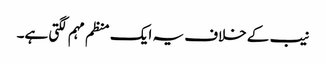
نیب کے خلاف یہ ایک منظم مہم لگتی ہے۔